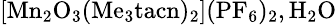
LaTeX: \mathrm{\small{[Mn_{2}O_{3}(Me_{3}tacn)_{2}](PF_{6})_{2},H_{2}O}}